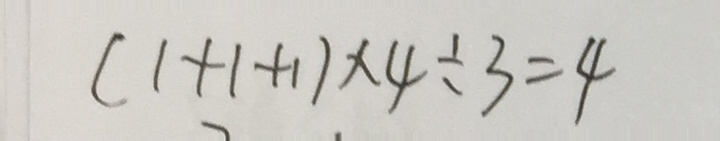
( 1 + 1 + 1 ) \times 4 \div 3 = 4